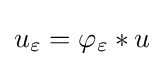
u_{\varepsilon }=\varphi _{\varepsilon }\ast u